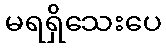
မရရှိသေးပေ